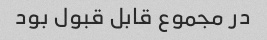
در مجموع قابل قبول بود